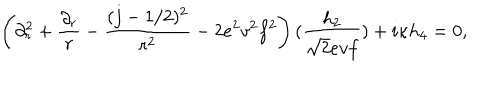
LaTeX: \left( \partial _ { r } ^ { 2 } + { \frac { \partial _ { r } } { r } } - { \frac { ( j - 1 / 2 ) ^ { 2 } } { r ^ { 2 } } } - 2 e ^ { 2 } v ^ { 2 } f ^ { 2 } \right) ( { \frac { h _ { 2 } } { \sqrt { 2 } e v f } } ) + i \kappa h _ { 4 } = 0 ,